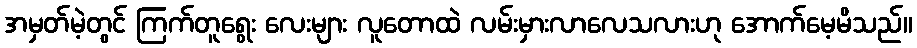
အမှတ်မဲ့တွင် ကြက်တူရွေး လေးများ လူတောထဲ လမ်းမှားလာလေသလားဟု အောက်မေ့မိသည်။